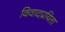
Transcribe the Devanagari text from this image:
विवादप्रयिता